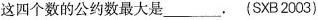
这四个数的公约数最大是___. (SXB2003)